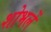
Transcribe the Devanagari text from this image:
शोभलें